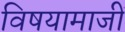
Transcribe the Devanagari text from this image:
विषयामाजीं